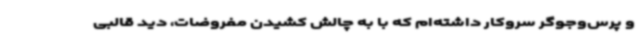
و پرس‌وجوگر سروکار داشته‌ام که با به چالش کشیدن مفروضات، دید قالبی